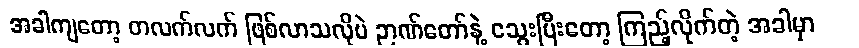
အခါကျတော့ တလက်လက် ဖြစ်လာသလိုပဲ ဉာဏ်တော်နဲ့ သွေးပြီးတော့ ကြည့်လိုက်တဲ့ အခါမှာ